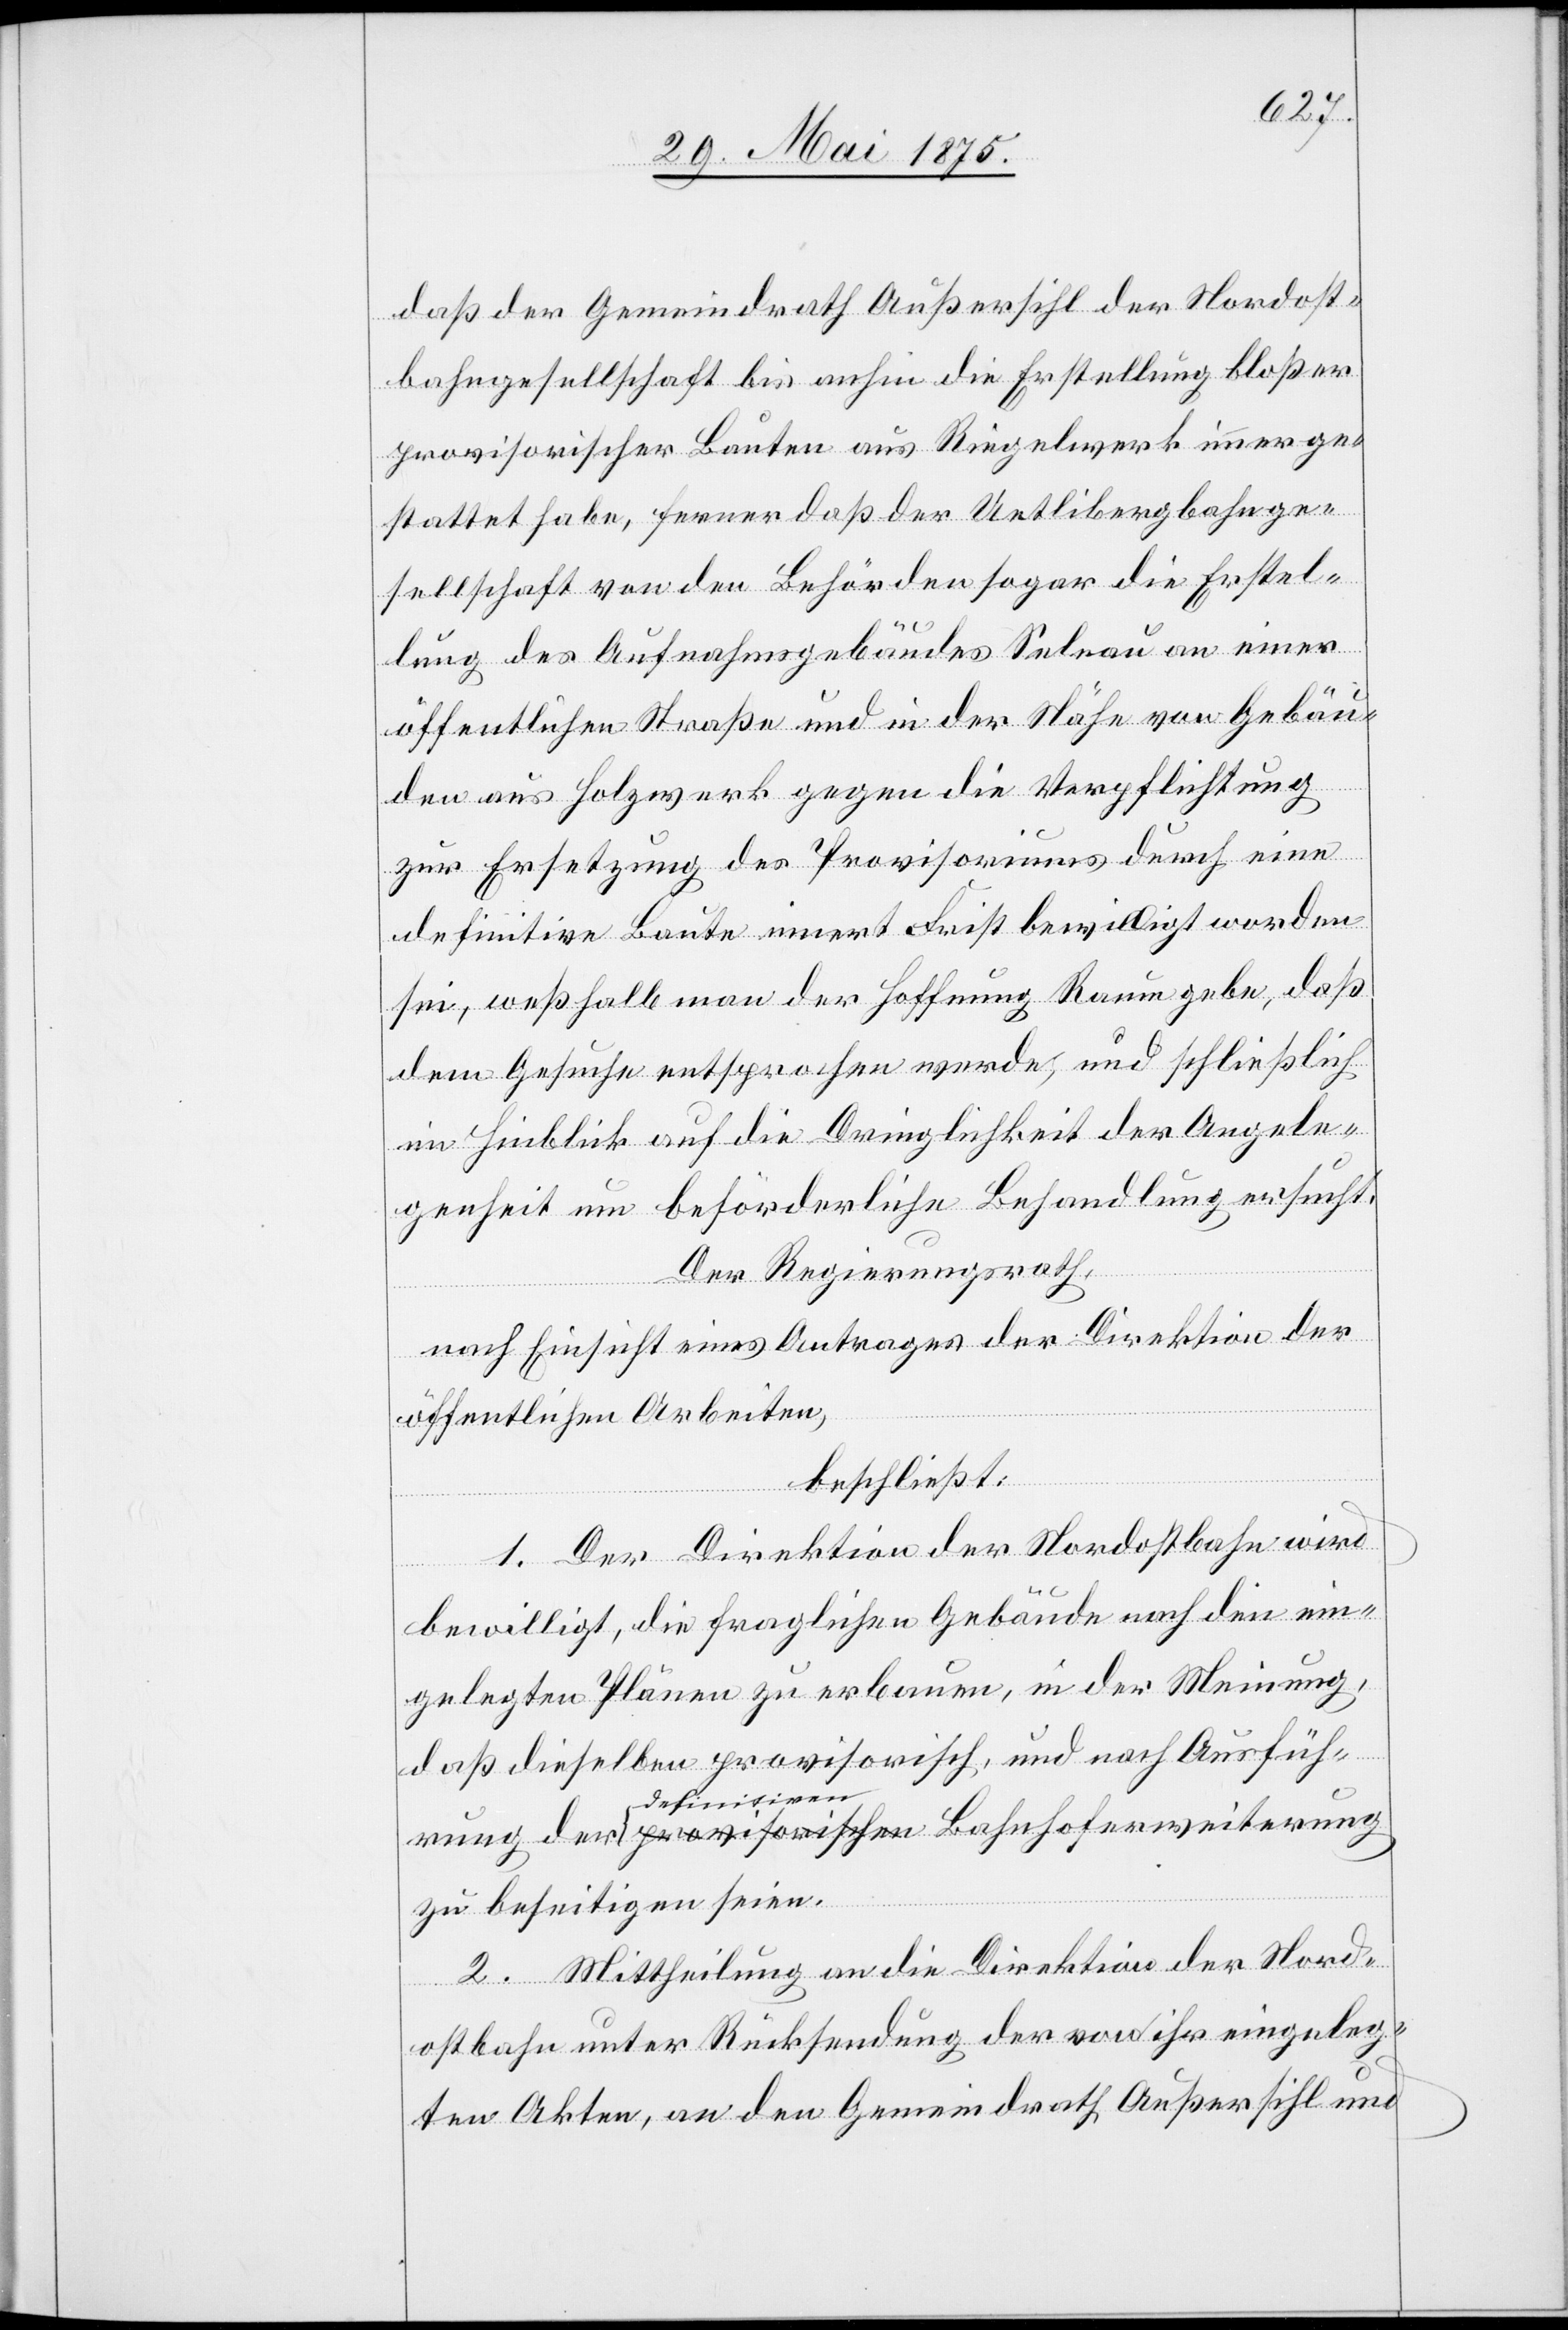
daß der Gemeindrath Außersihl der Nordost¬
bahngesellschaft bis anhin die Erstellung bloßer
provisorischer Bauten aus Riegelwerk immer ge¬
stattet habe, ferner daß der Uetlibergbahnge¬
sellschaft von den Behörden sogar die Erstel¬
der
lung des Aufnahmsgebäudes Selnau an einer
öffentlichen Straße und in der Nähe von Gebäu¬
den aus Holzwerk gegen die Verpflichtung
zur Ersetzung des Provisoriums durch eine
definitive Baute innert Frist bewilligt worden
sei, weßhalb man der Hoffnung Raum gebe, daß
dem Gesuche entsprochen werde, und schließlich
im Hinblick auf die Dringlichkeit der Angele¬
genheit um beförderliche Behandlung ersucht.
Der Regierungsrath,
nach Einsicht eines Antrages der Direktion der
öffentlichen Arbeiten,
beschließt:
1. Der Direktion der Nordostbahn wird
bewilligt, die fraglichen Gebäude nach den ein¬
gelegten Plänen zu erbauen, in der Meinung,
daß dieselben provisorisch, und nach Ausfüh¬
definitiven
zu beseitigen seien.
2. Mittheilung an die Direktion der Nord¬
ostbahn unter Rücksendung der von ihr eingeleg¬
ten Akten, an den Gemeindrath Außersihl und